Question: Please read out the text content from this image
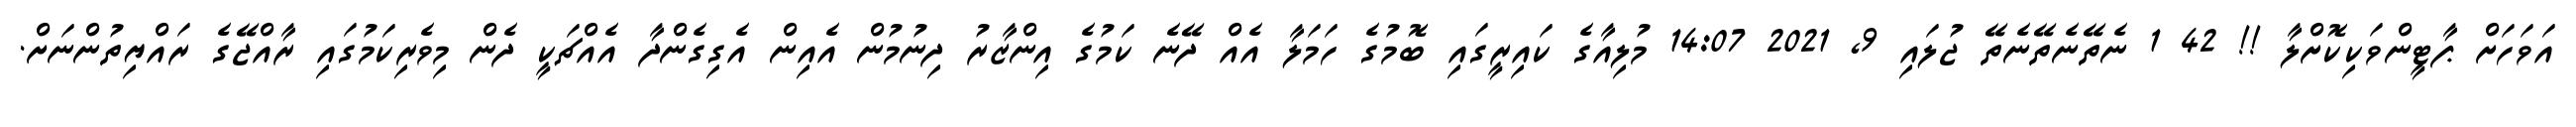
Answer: އަވަހަށް ޕާޓީންވަކިކޮށްލާ !! 42 1 ނެތޭނެތޭނެތޭ ޖުލައި 9, 2021 14:07 މުލިއާގެ ކައިރީގައި ބޮމުގެ ހަމަލާ އެއް ދޭނެ ކަމުގެ އިންޒާރު ދިނުމުން އެއިން އެގިގެންދާ އެއްޗަކީ ދެން މިވެރިކަމުގައި ރާއްޖޭގެ ރައްޔިތުންނަށް.